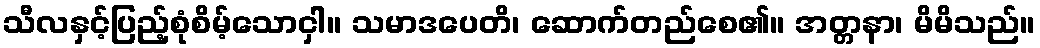
သီလနှင့်ပြည့်စုံစိမ့်သောငှါ။ သမာဒပေတိ၊ ဆောက်တည်စေ၏။ အတ္တနာ၊ မိမိသည်။